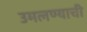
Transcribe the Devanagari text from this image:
उमलण्याची